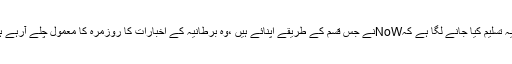
اب یہ تسلیم کیا جانے لگا ہے کہNoWنے جس قسم کے طریقے اپنائے ہیں ،وہ برطانیہ کے اخبارات کا روزمرہ کا معمول چلے آرہے ہیں ۔